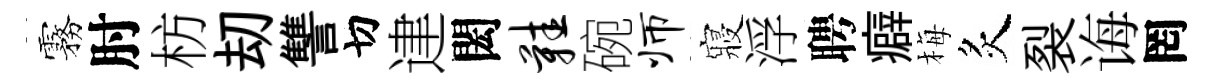
霧肘枋刧讐切䢖閎鞋碗师寢浮聘癖梅炙裂诲罔